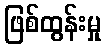
ဖြစ်ထွန်းမှု